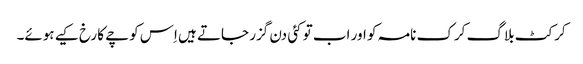
کرکٹ بلاگ کرک نامہ کو اور اب تو کئی دن گزر جاتے ہیں اِس کوچے کا رخ کیے ہوئے۔